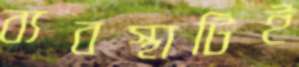
ব্যবস্থাটিই